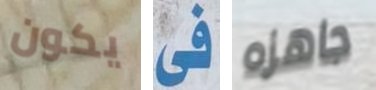
يكون فى جاهزه